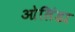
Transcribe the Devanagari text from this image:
ओलिंडा